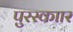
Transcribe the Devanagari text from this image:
पुरस्काार